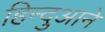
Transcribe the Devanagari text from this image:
हिन्दुआने